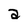
Character: a